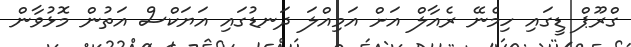
ގްރޫޕް ޑީގައި ހިމެނޭ ރެއާލް އަށް އަމިއްލަ ދަނޑުގައި އަޔަކްސް އަތުން މޮޅުވާން